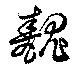
魗